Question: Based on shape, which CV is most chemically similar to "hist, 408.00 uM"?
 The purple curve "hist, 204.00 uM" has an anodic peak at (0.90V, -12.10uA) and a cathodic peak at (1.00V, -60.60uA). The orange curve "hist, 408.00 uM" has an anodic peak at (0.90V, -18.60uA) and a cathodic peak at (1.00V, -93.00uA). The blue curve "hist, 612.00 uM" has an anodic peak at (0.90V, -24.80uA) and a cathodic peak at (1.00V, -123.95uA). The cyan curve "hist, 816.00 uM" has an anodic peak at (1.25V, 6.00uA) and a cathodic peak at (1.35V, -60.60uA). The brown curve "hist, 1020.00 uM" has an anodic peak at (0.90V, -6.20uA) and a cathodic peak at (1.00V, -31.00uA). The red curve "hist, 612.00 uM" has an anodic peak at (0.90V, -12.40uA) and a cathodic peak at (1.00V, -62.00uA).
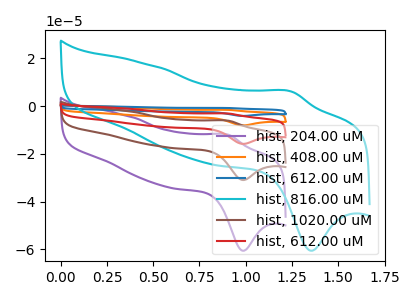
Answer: <think>All the peaks in "hist, 204.00 uM" have a peak in "hist, 408.00 uM" at the same potential. All the peaks in "hist, 204.00 uM" have a peak in "hist, 612.00 uM" at the same potential. "hist, 204.00 uM" and "hist, 816.00 uM" have at least one peak that do not match. All the peaks in "hist, 204.00 uM" have a peak in "hist, 1020.00 uM" at the same potential. All the peaks in "hist, 204.00 uM" have a peak in "hist, 612.00 uM" at the same potential. All the peaks in "hist, 408.00 uM" have a peak in "hist, 612.00 uM" at the same potential. "hist, 408.00 uM" and "hist, 816.00 uM" have at least one peak that do not match. All the peaks in "hist, 408.00 uM" have a peak in "hist, 1020.00 uM" at the same potential. All the peaks in "hist, 408.00 uM" have a peak in "hist, 612.00 uM" at the same potential. "hist, 612.00 uM" and "hist, 816.00 uM" have at least one peak that do not match. All the peaks in "hist, 612.00 uM" have a peak in "hist, 1020.00 uM" at the same potential. All the peaks in "hist, 612.00 uM" have a peak in "hist, 612.00 uM" at the same potential. "hist, 816.00 uM" and "hist, 1020.00 uM" have at least one peak that do not match. "hist, 816.00 uM" and "hist, 612.00 uM" have at least one peak that do not match. All the peaks in "hist, 1020.00 uM" have a peak in "hist, 612.00 uM" at the same potential.
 </think>
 <answer>"hist, 408.00 uM", "hist, 612.00 uM", "hist, 1020.00 uM" and "hist, 612.00 uM" have a similar shape to "hist, 204.00 uM".</answer>
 <eval>"hist, 408.00 uM" "hist, 612.00 uM" "hist, 1020.00 uM" "hist, 612.00 uM"</eval>